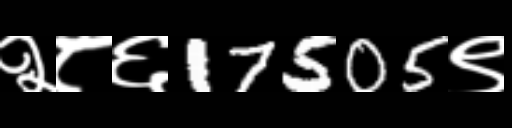
Text: २८६17505९